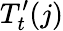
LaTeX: T_{t}^{\prime}(j)